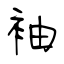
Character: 袖